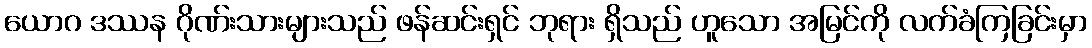
ယောဂ ဒဿန ဂိုဏ်းသားများသည် ဖန်ဆင်းရှင် ဘုရား ရှိသည် ဟူသော အမြင်ကို လက်ခံကြခြင်းမှာ